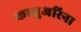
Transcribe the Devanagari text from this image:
कासुअरिना